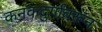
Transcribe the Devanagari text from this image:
कनकदुर्गावरून